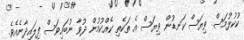
ކުކުޅުމަސް ވިޔަސް ކަނޑުން ވިޔަސް އެ ތަކެތި ކެއްކުމުން ދުވާ ނުބައިވަސް ފިލައިދާނެއެވެ.